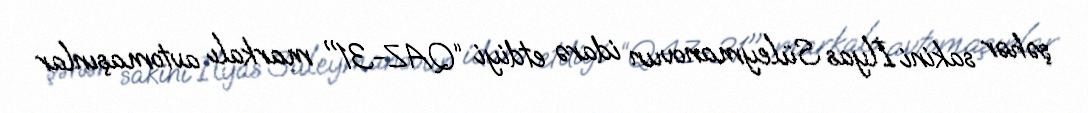
şəhər sakini İlyas Süleymanovun idarə etdiyi “QAZ-31" markalı avtomaşınlar